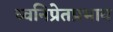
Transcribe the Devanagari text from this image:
ध्वनिप्रेतप्रभाव